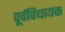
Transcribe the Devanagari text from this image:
पूर्वविधायक